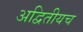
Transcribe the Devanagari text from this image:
अद्वितीयच